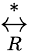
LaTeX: \overset{*}{\underset{R}{\leftrightarrow}}